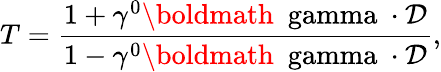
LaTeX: T={\frac{1+\gamma^{0}\mathrm{\boldmath{~\ gamma~}}\cdot{\cal D}}{1-\gamma^{0}\mathrm{\boldmath{~\ gamma~}}\cdot{\cal D}}},